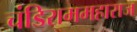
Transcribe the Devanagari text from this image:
चंडिराममहाराज